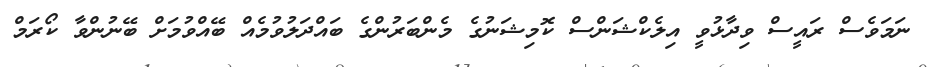
ނަމަވެސް ރައީސް ވިދާޅުވީ އިލެކްޝަންސް ކޮމިޝަނުގެ މެންބަރުންގެ ބައްދަލުވުމެއް ބޭއްވުމަށް ބޭނުންވާ ކޯރަމް